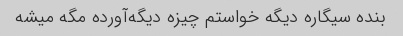
بنده سیگاره دیگه خواستم چیزه دیگه‌آورده مگه میشه